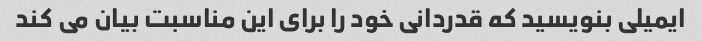
ایمیلی بنویسید که قدردانی خود را برای این مناسبت بیان می کند